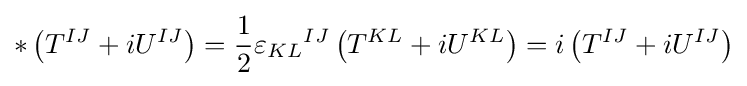
*\left(T^{IJ}+iU^{IJ}\right)={1 \over 2}{\varepsilon _{KL}}^{IJ}\left(T^{KL}+iU^{KL}\right)=i\left(T^{IJ}+iU^{IJ}\right)